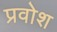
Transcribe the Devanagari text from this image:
प्रवोश